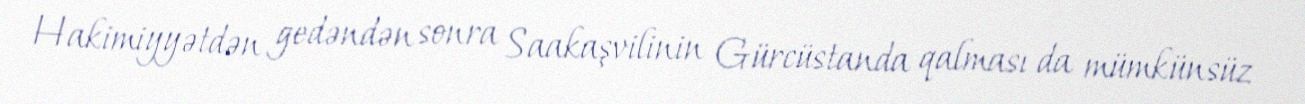
Hakimiyyətdən gedəndən sonra Saakaşvilinin Gürcüstanda qalması da mümkünsüz